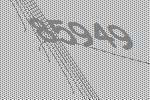
85949